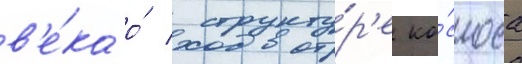
в'е́ка о́ структу́р'е ко́смоса